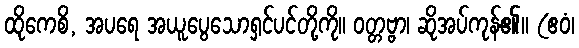
ထိုကေစိ, အပရေ အယူပွေသောရှင်ပင်တို့ကို။ ဝတ္တဗ္ဗာ၊ ဆိုအပ်ကုန်၏။ (ဧဝံ၊